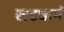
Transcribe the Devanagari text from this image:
खड्यानं